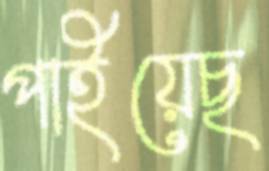
পাইয়েছ